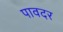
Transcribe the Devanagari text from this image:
पावदर